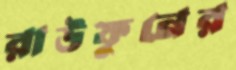
রাউফুনের